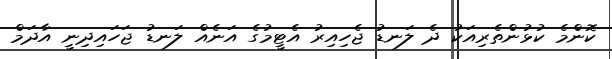
ކޮންމެ ކުޅުންތެރިއަކު ދެ ލަނޑު ޖެހިއިރު އެޓީމުގެ އަނެއް ލަނޑު ޖަހައިދިނީ އާދަމް